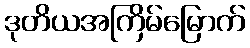
ဒုတိယအကြိမ်မြောက်